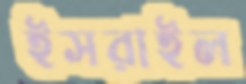
ইসরাইল